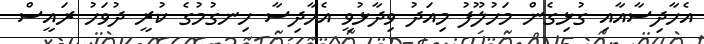
އެހާދިސާއާއި ގުޅިގެން މަހުލޫފު މިއަދު ވިދާޅުވީ އެހާދިސާ ހިނގުމުގެ ކުރީ ދުވަހު ރައީސް